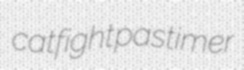
catfight pastimer